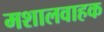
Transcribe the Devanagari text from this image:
मशालवाहक